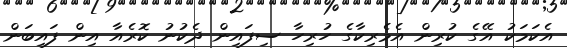
އެކަމަކު އޭގެ ކުރިން އެމެރިކާގެ ހުރިހާ ސިފައިން ދެކުނު ކޮރެއާ އިން ފައިބަން